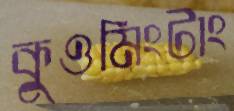
কুওমিংটাং